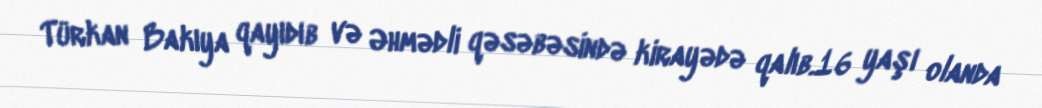
Türkan Bakıya qayıdıb və Əhmədli qəsəbəsində kirayədə qalıb.16 yaşı olanda